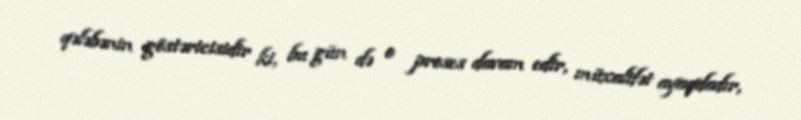
qələbənin göstəricisidir ki, bu gün də o proses davam edir, müxalifət ayaqdadır,